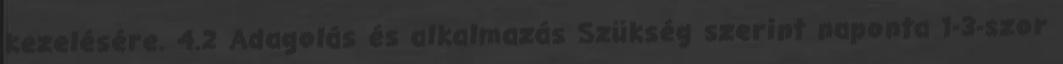
kezelésére. 4.2 Adagolás és alkalmazás Szükség szerint naponta 1-3-szor